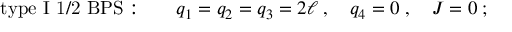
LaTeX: \mathrm { t y p e ~ I ~ 1 / 2 ~ B P S : } \qquad q _ { 1 } = q _ { 2 } = q _ { 3 } = 2 \ell \; , \quad q _ { 4 } = 0 \; , \quad J = 0 \; ;